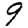
Digit: 9